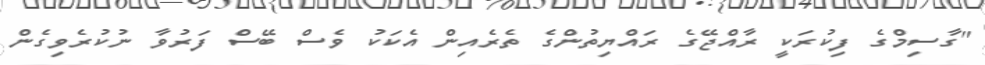
"ގާސިމްގެ ފިކުރަކީ ރާއްޖޭގެ ރައްޔިތުންގެ ތެރެއިން އެކަކު ވެސް ބޭސް ފަރުވާ ނުކުރެވިގެން